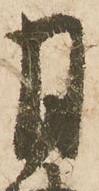
月